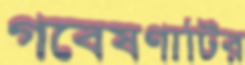
গবেষণাটির